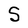
Character: S